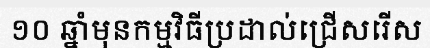
១០ ឆ្នាំមុនកម្មវិធីប្រដាល់ជ្រើសរើស